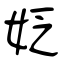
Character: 姂